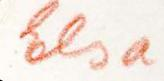
Elsa